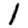
Digit: 1